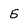
Character: 5